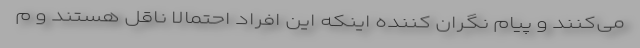
می‌کنند و پیام نگران کننده اینکه این افراد احتمالا ناقل هستند و م